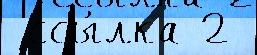
 ссы́лка 2